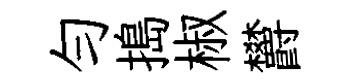
勻搗椒欝